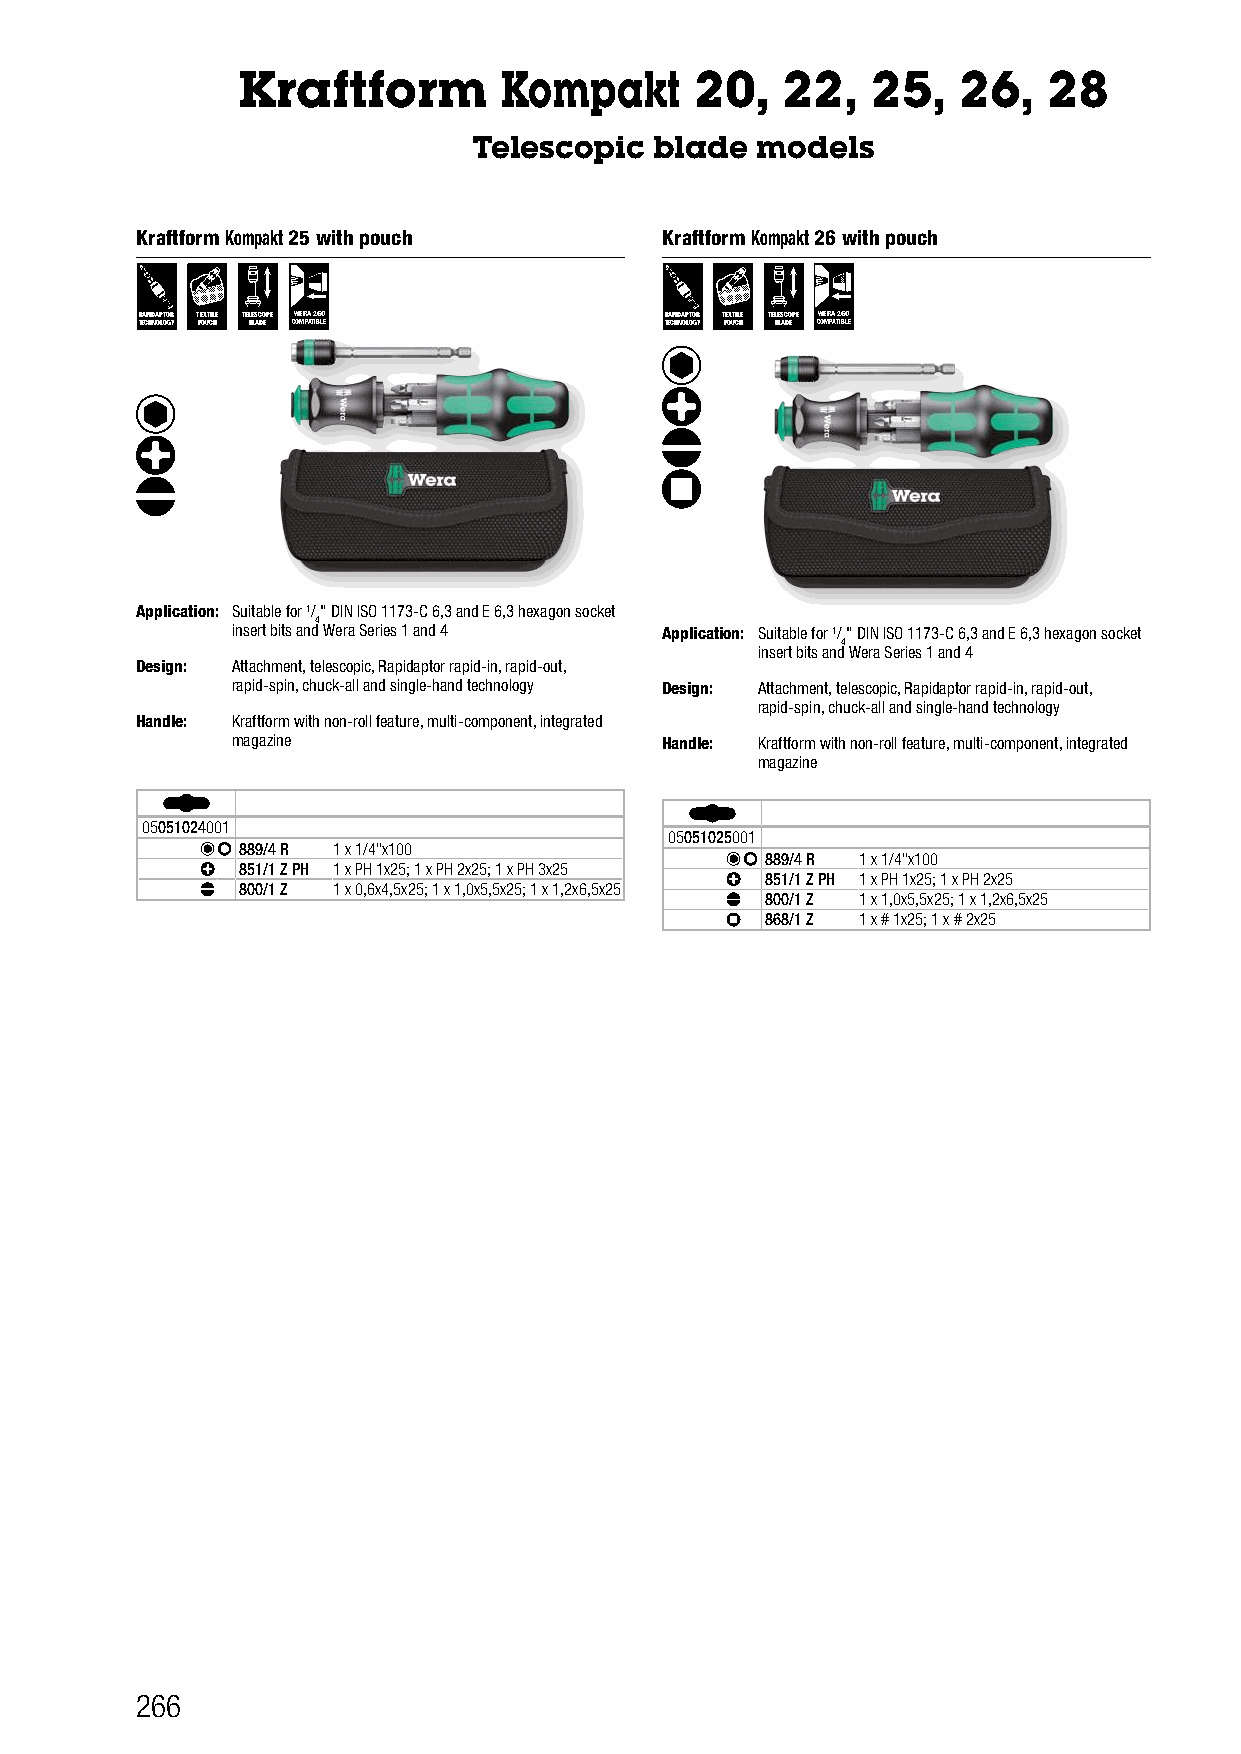
Kraftform        Kompakt      20,   22,   25,  26,   28
 Telescopic  blade  models
 Kraftform Kompakt 25 with pouch    Kraftform Kompakt 26 with pouch
 RAPIDAPTOR TEXTILE TELESCOPE WERA 2GO RAPIDAPTOR TEXTILE TELESCOPE WERA 2GO
 TECHNOLOGY POUCH BLADE COMPATIBLE  TECHNOLOGY POUCH BLADE COMPATIBLE
 Application: Suitable for 1/" DIN ISO 1173-C 6,3 and E 6,3 hexagon socket
 4
 insert bits and Wera Series 1 and 4 Application: Suitable for 1/" DIN ISO 1173-C 6,3 and E 6,3 hexagon socket
 4
 insert bits and Wera Series 1 and 4
 Design: Attachment, telescopic, Rapidaptor rapid-in, rapid-out,
 rapid-spin, chuck-all and single-hand technology Design: Attachment, telescopic, Rapidaptor rapid-in, rapid-out,
 rapid-spin, chuck-all and single-hand technology
 Handle: Kraftform with non-roll feature, multi-component, integrated
 magazine                     Handle: Kraftform with non-roll feature, multi-component, integrated
 magazine
 05051024001
 05051025001
 889/4 R 1 x 1/4"x100
 889/4 R 1 x 1/4"x100
 851/1 Z PH 1 x PH 1x25; 1 x PH 2x25; 1 x PH 3x25
 851/1 Z PH 1 x PH 1x25; 1 x PH 2x25
 800/1 Z 1 x 0,6x4,5x25; 1 x 1,0x5,5x25; 1 x 1,2x6,5x25
 800/1 Z 1 x 1,0x5,5x25; 1 x 1,2x6,5x25
 868/1 Z 1 x # 1x25; 1 x # 2x25
 266